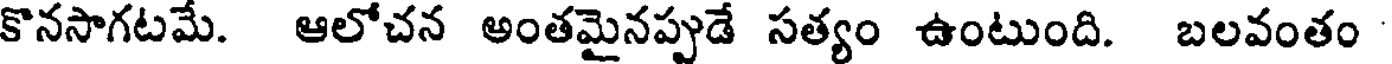
కొనసాగటమే. ఆలోచన అంతమైనప్పుడే సత్యం ఉంటుంది. బలవంతం